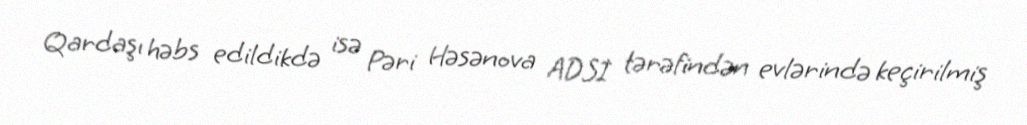
Qardaşı həbs edildikdə isə Pəri Həsənova ADSİ tərəfindən evlərində keçirilmiş